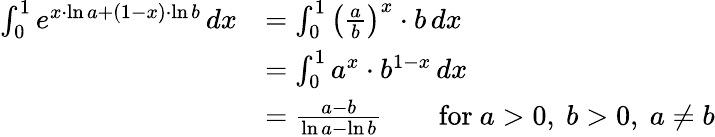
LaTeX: {\begin{array}{rl}{\int_{0}^{1}e^{x\cdot\ln a+(1-x)\cdot\ln b}\, dx}&{=\int_{0}^{1}\left({\frac{a}{b}}\right)^{x}\cdot b\, dx}\\ &{=\int_{0}^{1}a^{x}\cdot b^{1-x}\, dx}\\ &{={\frac{a-b}{\ln a-\ln b}}\qquad{\mathrm{for~}}a>0,\ b>0,\ a\neq b}\end{array}}